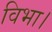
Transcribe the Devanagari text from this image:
विभा।